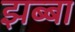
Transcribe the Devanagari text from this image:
झब्बा